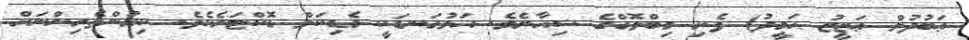
ޢަބުދުލް ޢަޒީޒު ޙަމީދު) ފެށި މިބްލޮގްގެ ޝިއާރެވެ. އަޅުގަނޑަކީ މެޑިކަލް ޑޮކްޓަރެކެވެ. ކިޔުންތެރިންނަށް